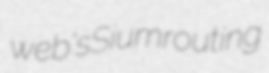
web's Sium routing